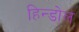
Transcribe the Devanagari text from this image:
हिन्डोल